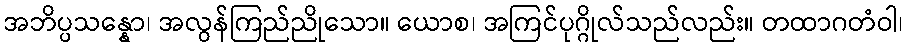
အဘိပ္ပသန္နော၊ အလွန်ကြည်ညိုသော။ ယောစ၊ အကြင်ပုဂ္ဂိုလ်သည်လည်း။ တထာဂတံဝါ၊